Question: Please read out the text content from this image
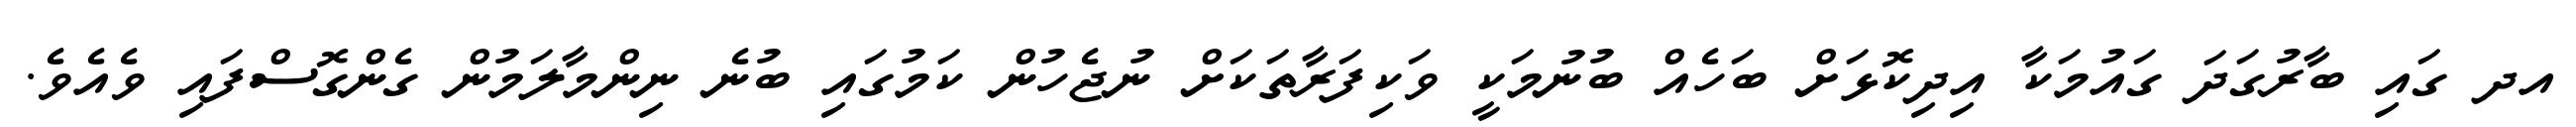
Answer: އދ ގައި ބާރުގަދަ ގައުމަކާ އިދިކޮޅަށް ބަހެއް ބުނުމަކީ ވަކިފަރާތަކަށް ނުޖެހުން ކަމުގައި ބުނެ ނިންމާލަމުން ގެންގޮސްފައި ވެއެވެ.